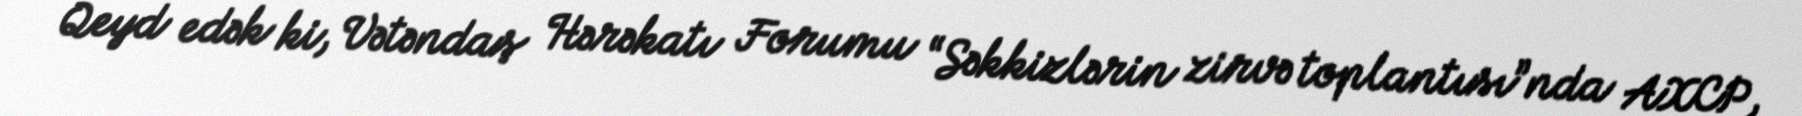
Qeyd edək ki, Vətəndaş Hərəkatı Forumu “Səkkizlərin zirvə toplantısı”nda AXCP,